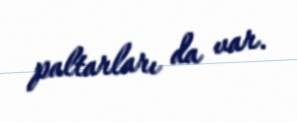
paltarları da var.